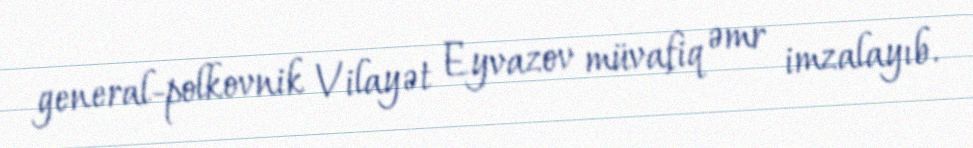
general-polkovnik Vilayət Eyvazov müvafiq əmr imzalayıb.